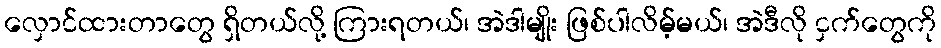
လှောင်ထားတာတွေ ရှိတယ်လို့ ကြားရတယ်၊ အဲဒါမျိုး ဖြစ်ပါလိမ့်မယ်၊ အဲဒီလို ငှက်တွေကို